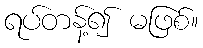
ရပ်တန့်၍ မဖြစ်။